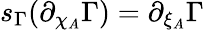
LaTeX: s_{\Gamma}(\partial_{\chi_{A}}\Gamma)=\partial_{\xi_{A}}\Gamma